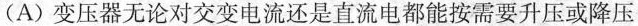
(A) 变压器无论对交变电流还是直流电都能按需要升压或降压